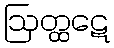
ဩတ္ထဋေ